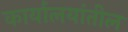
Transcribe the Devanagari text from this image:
कार्यालयांतील